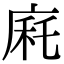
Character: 㢉